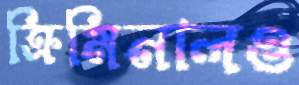
ক্রিমিনালও